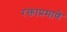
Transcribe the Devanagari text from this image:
रक्ताप्रमाणे